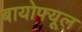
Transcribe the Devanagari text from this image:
बायोफ्यूल